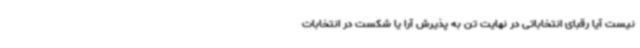
نیست آیا رقبای انتخاباتی در نهایت تن به پذیرش آرا یا شکست در انتخابات